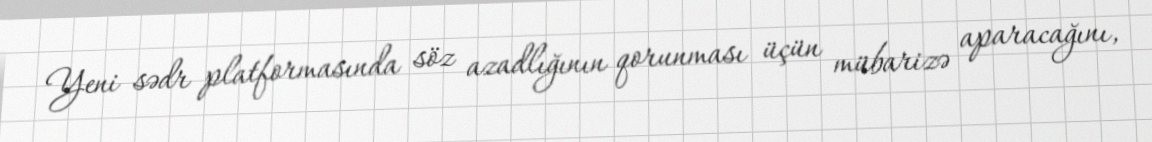
Yeni sədr platformasında söz azadlığının qorunması üçün mübarizə aparacağını,